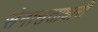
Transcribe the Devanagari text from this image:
सेनासत्ताधारी